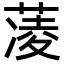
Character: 蓤